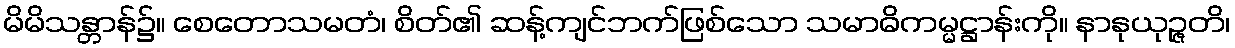
မိမိသန္တာန်၌။ စေတောသမတံ၊ စိတ်၏ ဆန့်ကျင်ဘက်ဖြစ်သော သမာဓိကမ္မဋ္ဌာန်းကို။ နာနုယုဉ္ဇတိ၊